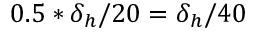
0 . 5 * \delta _ { h } / 2 0 = \delta _ { h } / 4 0